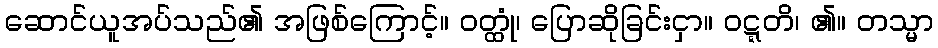
ဆောင်ယူအပ်သည်၏ အဖြစ်ကြောင့်။ ဝတ္ထုံ၊ ပြောဆိုခြင်းငှာ။ ဝဋ္ဋတိ၊ ၏။ တသ္မာ